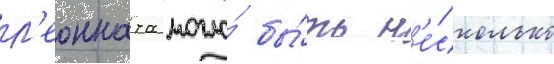
л'еонната могло́ бы́ть н'е́сколько